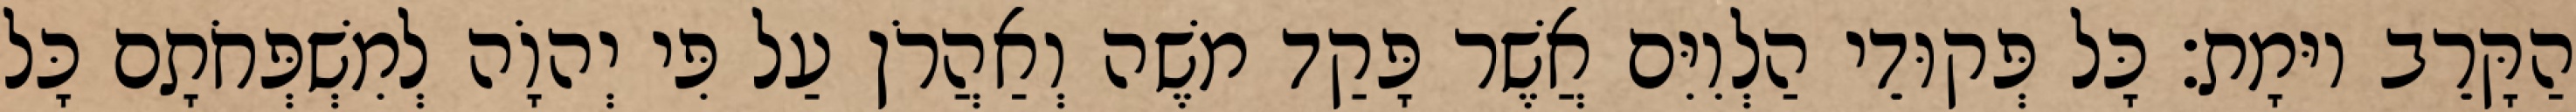
הַקָּרֵב יוּמָת׃ כָּל פְּקוּדֵי הַלְוִיִּם אֲשֶׁר פָּקַד משֶׁה וְאַהֲרֹן עַל פִּי יְהוָֹה לְמִשְׁפְּחֹתָם כָּל